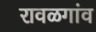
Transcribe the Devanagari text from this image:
रावळगांव